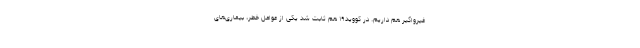
غیرواگیر هم داریم. در کووید۱۹ هم ثابت شد یکی از عوامل خطر، بیماری‌های